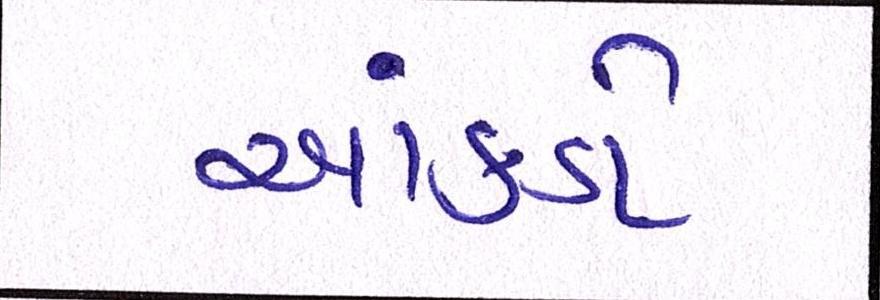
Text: આંકડો